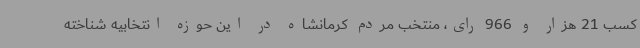
کسب 21 هزار و 966 رای، منتخب مردم کرمانشاه در این حوزه انتخابیه شناخته